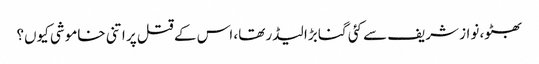
بھٹو، نواز شریف سے کئی گنا بڑا لیڈر تھا، اس کے قتل پر اتنی خاموشی کیوں؟